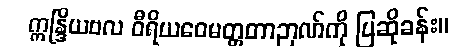
ဣန္ဒြိယဗလ ဝီရိယဝေမတ္တတာဉာဏ်ကို ပြဆိုခန်း။